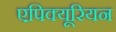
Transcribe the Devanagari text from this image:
एपिक्यूरियन